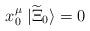
LaTeX: \begin{align*}x^\mu_0 \; | \widetilde{\Xi}_0 \rangle = 0\,\end{align*}